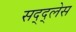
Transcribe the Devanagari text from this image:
सद्द्लेस